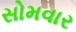
સોમવાર